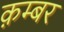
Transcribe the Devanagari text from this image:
क़म्बर